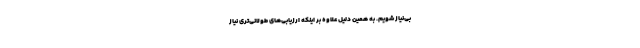
بی‌نیاز شویم. به همین دلیل علاوه بر اینکه ارزیابی‌های طولانی‌تری نیاز